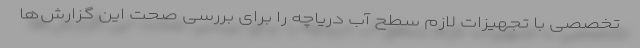
تخصصی با تجهیزات لازم سطح آب دریاچه را برای بررسی صحت این گزارش‌ها